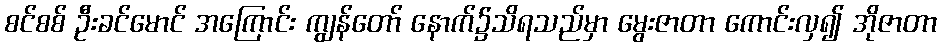
စင်စစ် ဦးခင်မောင် အကြောင်း ကျွန်တော် နောက်၌သိရသည်မှာ မွေးဇာတာ ကောင်းလှ၍ အိုဇာတာ